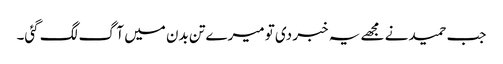
جب حمید نے مجھے یہ خبر دی تو میرے تن بدن میں آگ لگ گئی۔